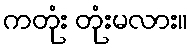
ကတုံး တုံးမလား။